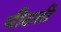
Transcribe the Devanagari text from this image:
पीटती